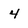
Character: 4